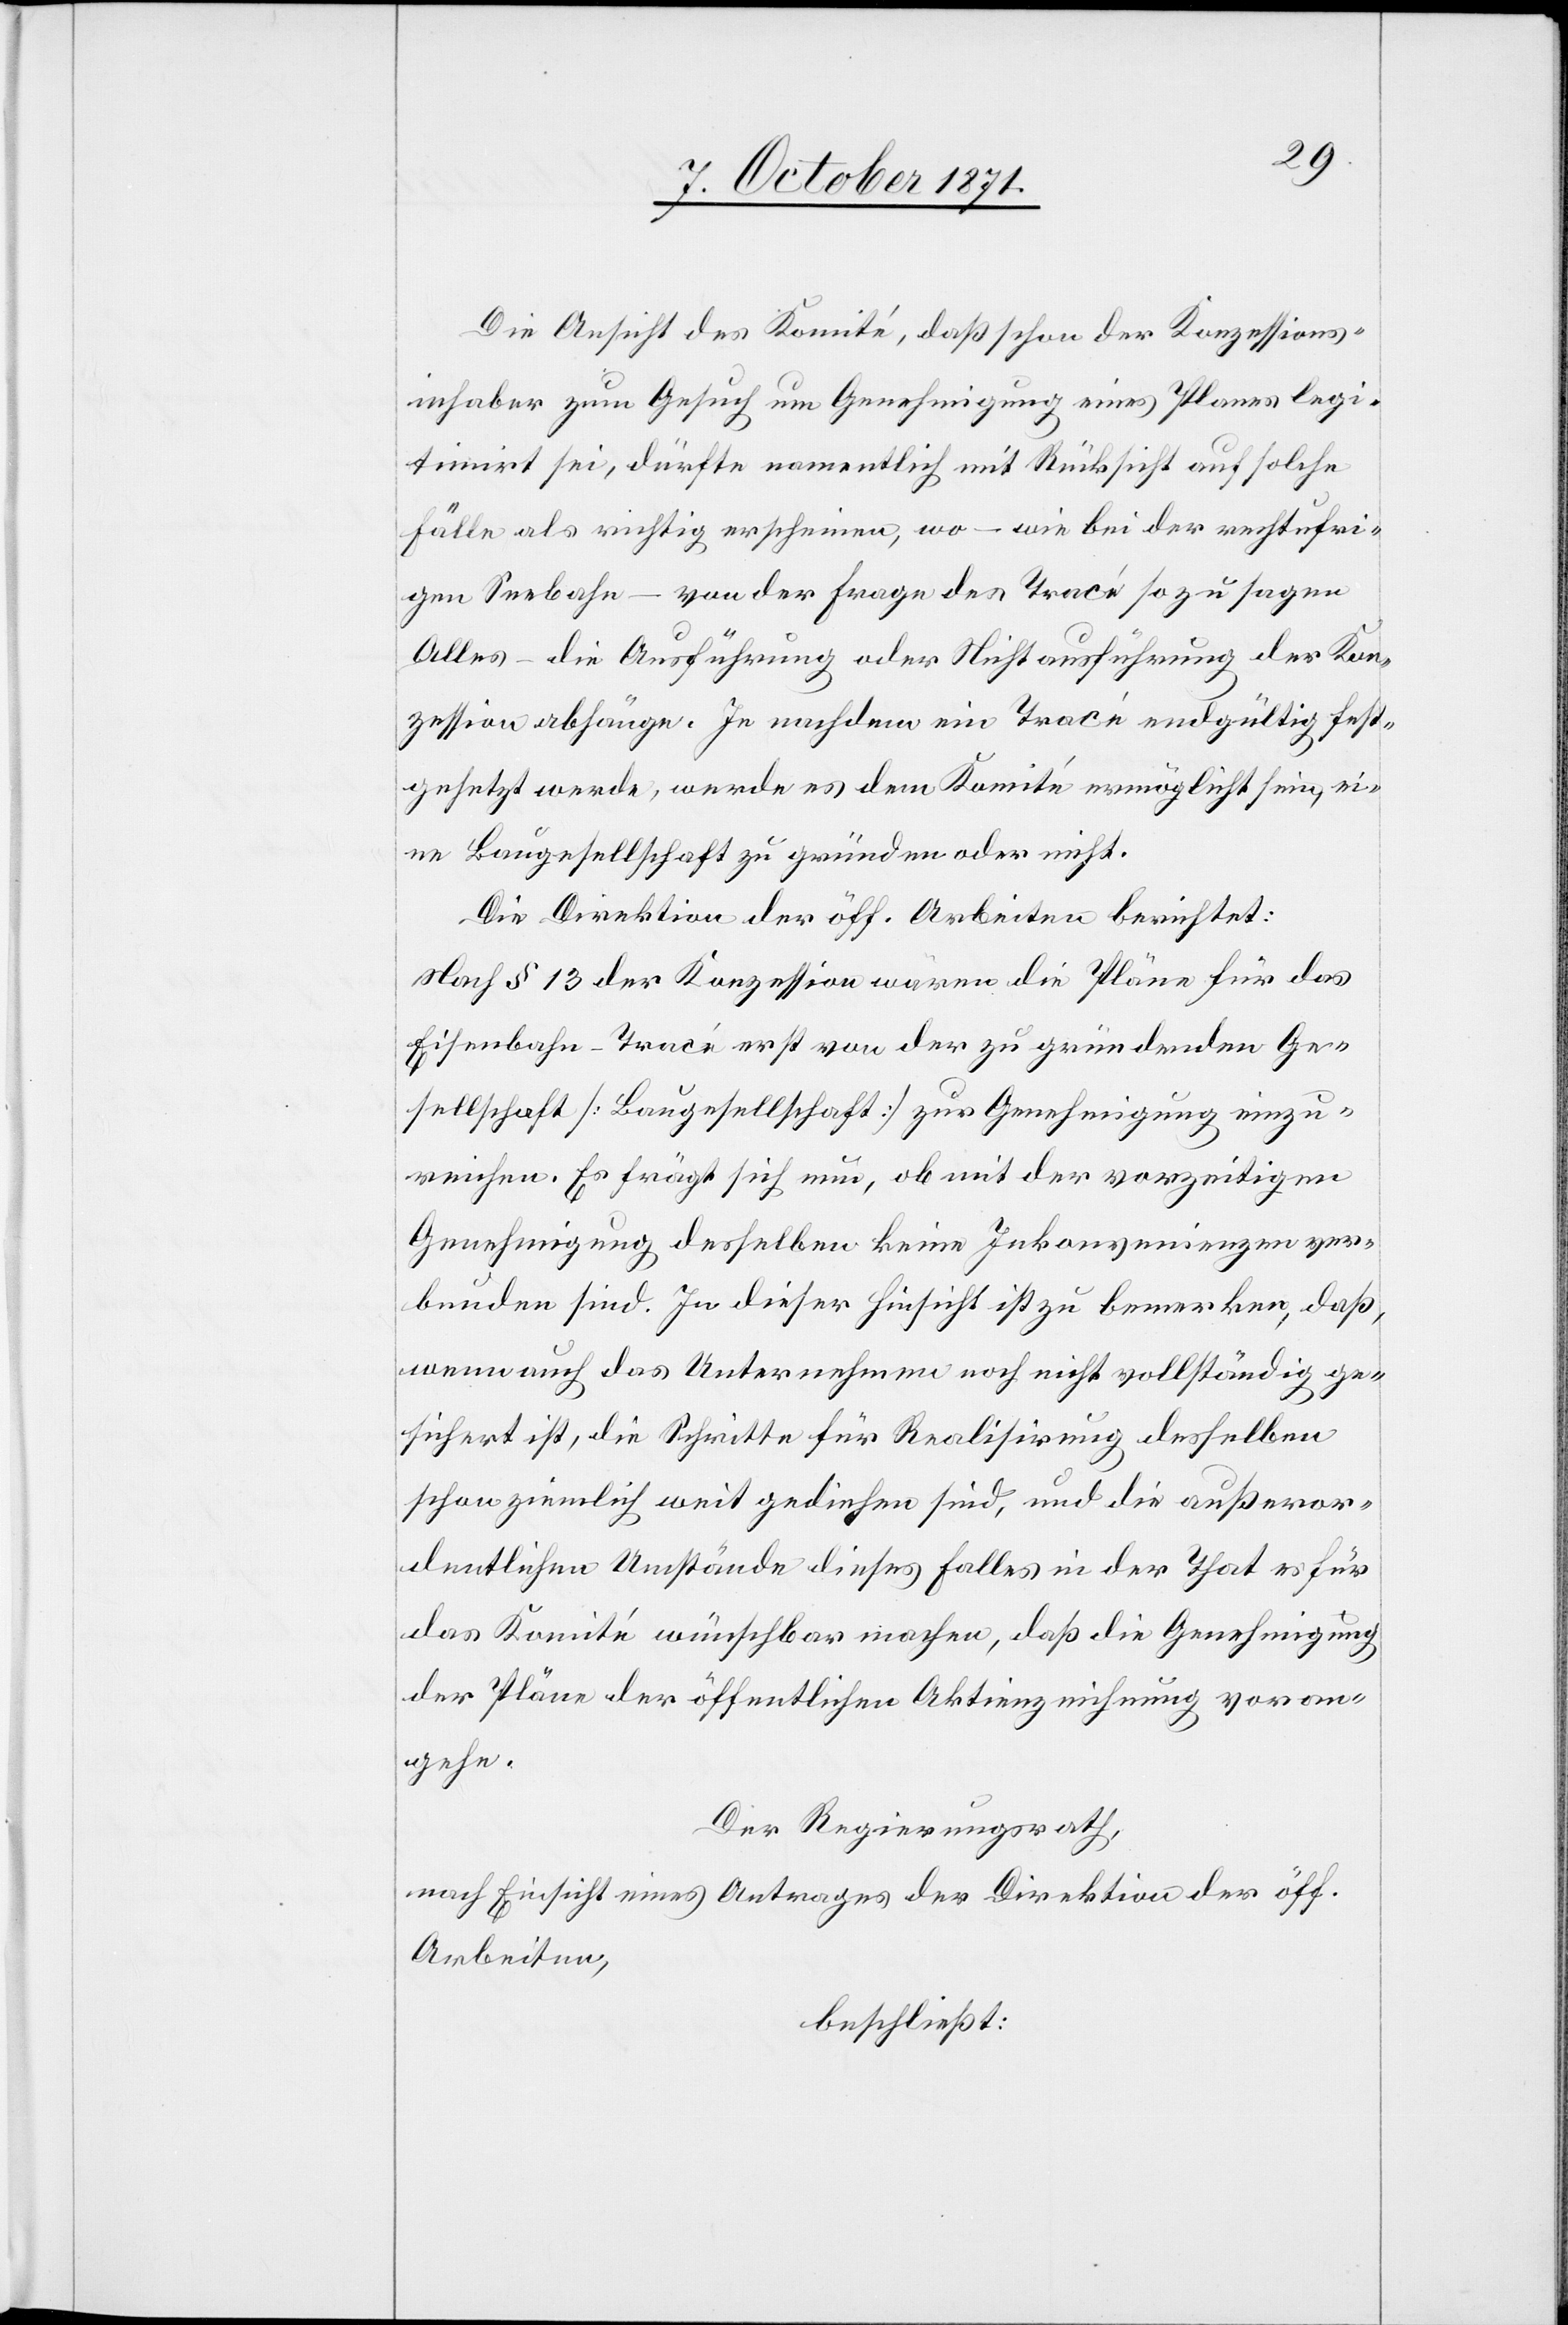
Die Ansicht des Komité, daß schon der Konzessions¬
inhaber zu Gesuch um Genehmigung eines Plans legi¬
timirt sei, dürfte namentlich mit Rücksicht auf solche
Fälle als richtig erscheinen, wo – wie bei der rechtufri¬
gen Seebahn – von der Frage des Tracé so zu sagen
Alles – die Ausführung oder Nichtausführung der Kon¬
zession abhänge. Je nachdem ein Tracé endgültig fest¬
gesetzt werde, werde es dem Komité ermöglicht sein, ei¬
ne Baugesellschaft zu gründen oder nicht.
Die Direktion der öff. Arbeiten berichtet:
Nach § 13 der Konzession wären die Pläne für das
Eisenbahn-Tracé erst von der zu gründenden Ge¬
sellschaft [Baugesellschaft] zur Genehmigung einzu¬
reichen. Es frägt sich nun, ob mit der vorzeitigen
Genehmigung desselben keine Inkonvenienzen ver¬
bunden sind. In dieser Hinsicht ist zu bemerken, daß,
wenn auch das Unternehmen noch nicht vollständig ge¬
sichert ist, die Schritte für Realisirung desselben
schon ziemlich weit gediehen sind, und die außeror¬
dentlichen Umstände dieses Falles in der That es für
das Komité wünschbar machen, daß die Genehmigung
der Pläne der öffentlichen Aktienzeichnung voran¬
gehe.
Der Regierungsrath,
nach Einsicht eines Antrages der Direktion der öff.
Arbeiten,
beschließt: